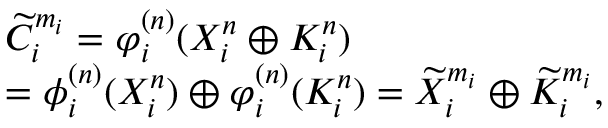
\begin{array} { r l } & { \widetilde { C } _ { i } ^ { m _ { i } } = \varphi _ { i } ^ { ( n ) } ( { { X } _ { i } ^ { n } } \oplus { { K } _ { i } ^ { n } } ) } \\ & { = \phi _ { i } ^ { ( n ) } ( { { X } _ { i } ^ { n } } ) \oplus \varphi _ { i } ^ { ( n ) } ( { { K } _ { i } ^ { n } } ) = \widetilde { X } _ { i } ^ { m _ { i } } \oplus \widetilde { K } _ { i } ^ { m _ { i } } , } \end{array}